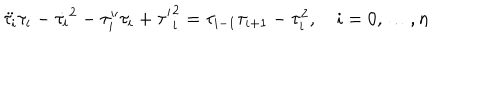
\ddot { \tau _ { i } } \tau _ { i } - \dot { \tau _ { i } } ^ { 2 } - \tau _ { i } ^ { \prime \prime } \tau _ { i } + { \tau ^ { \prime } } _ { i } ^ { 2 } = \tau _ { i - 1 } \tau _ { i + 1 } - \tau _ { i } ^ { 2 } , ~ i = 0 , \dots , n